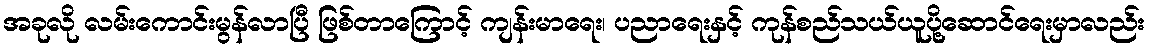
အခုလို လမ်းကောင်းမွန်လာပြီ ဖြစ်တာကြောင့် ကျန်းမာရေး၊ ပညာရေးနှင့် ကုန်စည်သယ်ယူပို့ဆောင်ရေးမှာလည်း